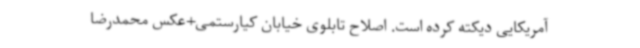
آمریکایی دیکته کرده است. اصلاح تابلوی خیابان کیارستمی+عکس محمدرضا